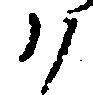
ハ